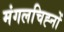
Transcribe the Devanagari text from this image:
मंगलचिह्नों